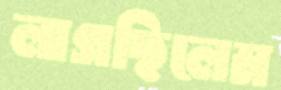
লাগছিলেম